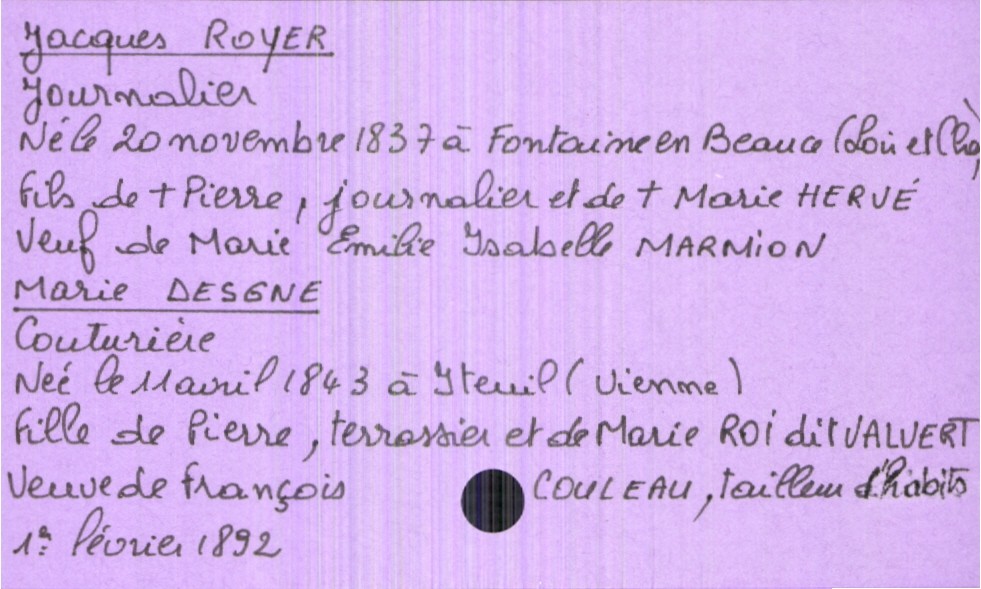
type_acte: Mariage
année: 1892
mois: février
jour: 1er
marié_nom: Royer
marié_prénom: Jacques
marié_profession: journalier
marié_date_de_naissance: 20 novembre 1837
marié_lieu_de_naissance: Fontaine en Beauce (Loir et Cher)
marié_statut: veuf
père_marié_nom: Royer
père_marié_prénom: Pierre
père_marié_profession: journalier
père_marié_statut: décédé
mère_marié_nom: Hervé
mère_marié_prénom: Marie
mère_marié_statut: décédée
mariée_nom: Desgne
mariée_prénom: Marie
mariée_profession: couturière
mariée_date_de_naissance: 11 avril 1843
mariée_lieu_de_naissance: Iteuil (Vienne)
mariée_statut: veuve
père_mariée_nom: Desgne
père_mariée_prénom: Pierre
père_mariée_profession: terrassier
mère_mariée_nom: Roi dit Valvert
mère_mariée_prénom: Marie